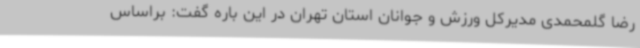
رضا گلمحمدی مدیرکل ورزش و جوانان استان تهران در این باره گفت: براساس